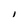
Character: I